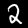
Label: 2